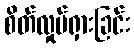
စိတ်လှုပ်ရှားခြင်း